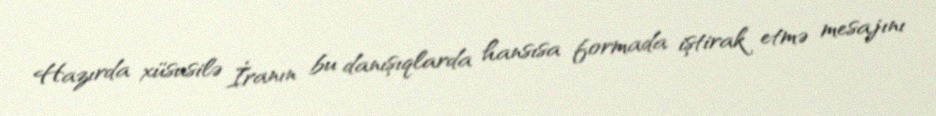
Hazırda xüsusilə İranın bu danışıqlarda hansısa formada iştirak etmə mesajını